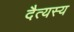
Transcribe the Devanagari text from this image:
दैत्यस्य